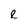
Character: e